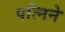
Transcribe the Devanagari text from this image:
पत्निने